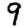
Digit: 9